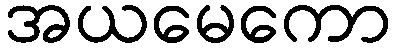
အယမေကော